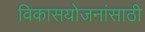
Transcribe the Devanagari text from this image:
विकासयोजनांसाठी